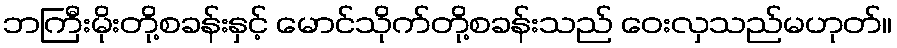
ဘကြီးမိုးတို့စခန်းနှင့် မောင်သိုက်တို့စခန်းသည် ဝေးလှသည်မဟုတ်။